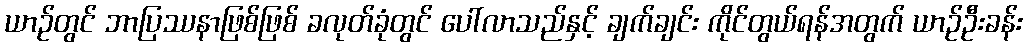
ယာဉ်တွင် ဘာပြဿနာဖြစ်ဖြစ် ခလုတ်ခုံတွင် ပေါ်လာသည်နှင့် ချက်ချင်း ကိုင်တွယ်ရန်အတွက် ယာဉ်ဦးခန်း